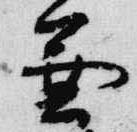
兼